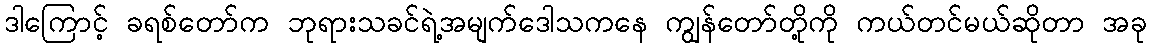
ဒါကြောင့် ခရစ်တော်က ဘုရားသခင်ရဲ့အမျက်ဒေါသကနေ ကျွန်တော်တို့ကို ကယ်တင်မယ်ဆိုတာ အခု